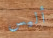
أليس